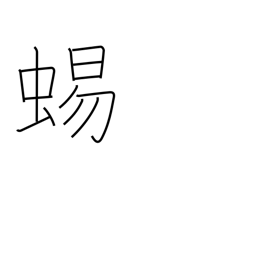
Meaning: lizard